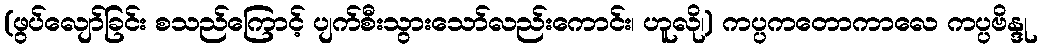
(ဖွပ်လျော်ခြင်း စသည်ကြောင့် ပျက်စီးသွားသော်လည်းကောင်း၊ ဟူလို၊) ကပ္ပကတောကာလေ ကပ္ပဗိန္ဒု